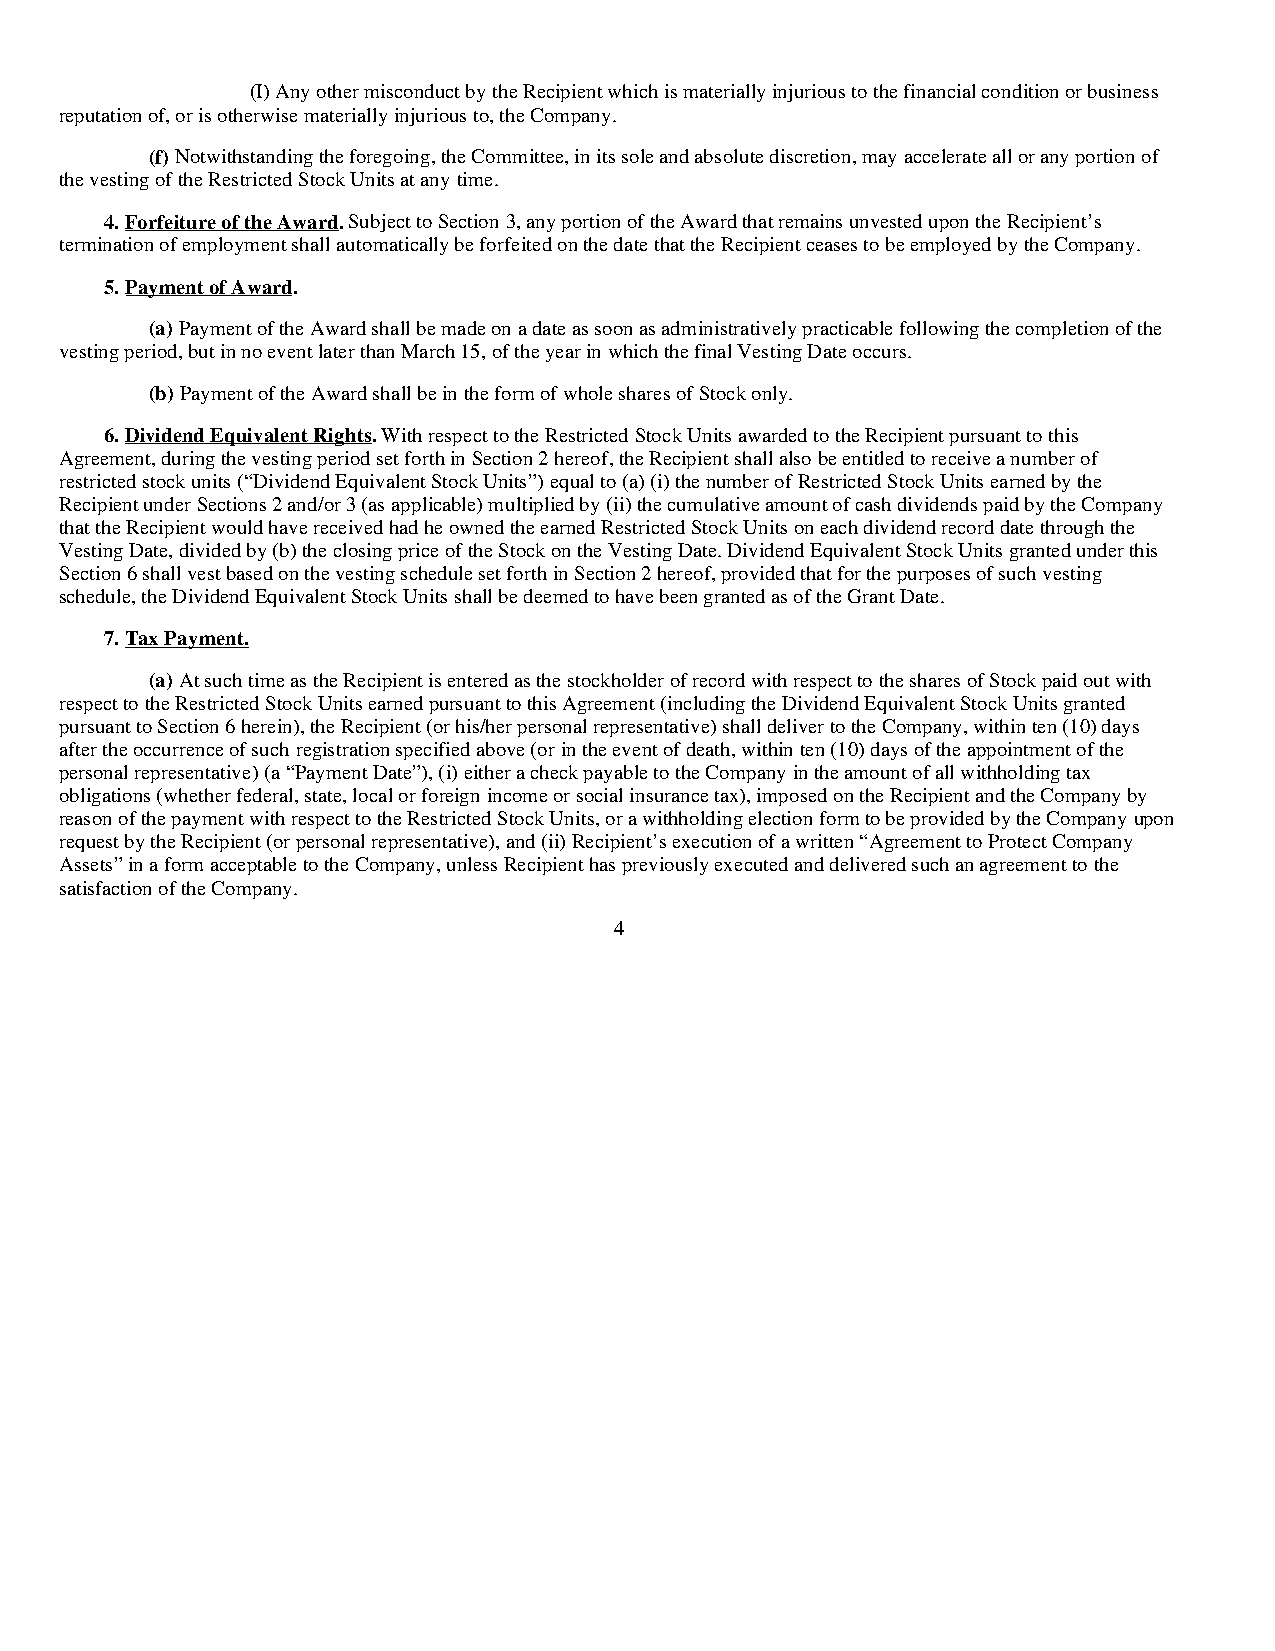
(I) Any other misconduct by the Recipient which is materially injurious to the financial condition or business
 reputation of, or is otherwise materially injurious to, the Company.
 (f) Notwithstanding the foregoing, the Committee, in its sole and absolute discretion, may accelerate all or any portion of
 the vesting of the Restricted Stock Units at any time.
 4. Forfeiture of the Award. Subject to Section 3, any portion of the Award that remains unvested upon the Recipient’s
 termination of employment shall automatically be forfeited on the date that the Recipient ceases to be employed by the Company.
 5. Payment of Award.
 (a) Payment of the Award shall be made on a date as soon as administratively practicable following the completion of the
 vesting period, but in no event later than March 15, of the year in which the final Vesting Date occurs.
 (b) Payment of the Award shall be in the form of whole shares of Stock only.
 6. Dividend Equivalent Rights. With respect to the Restricted Stock Units awarded to the Recipient pursuant to this
 Agreement, during the vesting period set forth in Section 2 hereof, the Recipient shall also be entitled to receive a number of
 restricted stock units (“Dividend Equivalent Stock Units”) equal to (a) (i) the number of Restricted Stock Units earned by the
 Recipient under Sections 2 and/or 3 (as applicable) multiplied by (ii) the cumulative amount of cash dividends paid by the Company
 that the Recipient would have received had he owned the earned Restricted Stock Units on each dividend record date through the
 Vesting Date, divided by (b) the closing price of the Stock on the Vesting Date. Dividend Equivalent Stock Units granted under this
 Section 6 shall vest based on the vesting schedule set forth in Section 2 hereof, provided that for the purposes of such vesting
 schedule, the Dividend Equivalent Stock Units shall be deemed to have been granted as of the Grant Date.
 7. Tax Payment.
 (a) At such time as the Recipient is entered as the stockholder of record with respect to the shares of Stock paid out with
 respect to the Restricted Stock Units earned pursuant to this Agreement (including the Dividend Equivalent Stock Units granted
 pursuant to Section 6 herein), the Recipient (or his/her personal representative) shall deliver to the Company, within ten (10) days
 after the occurrence of such registration specified above (or in the event of death, within ten (10) days of the appointment of the
 personal representative) (a “Payment Date”), (i) either a check payable to the Company in the amount of all withholding tax
 obligations (whether federal, state, local or foreign income or social insurance tax), imposed on the Recipient and the Company by
 reason of the payment with respect to the Restricted Stock Units, or a withholding election form to be provided by the Company upon
 request by the Recipient (or personal representative), and (ii) Recipient’s execution of a written “Agreement to Protect Company
 Assets” in a form acceptable to the Company, unless Recipient has previously executed and delivered such an agreement to the
 satisfaction of the Company.
 4